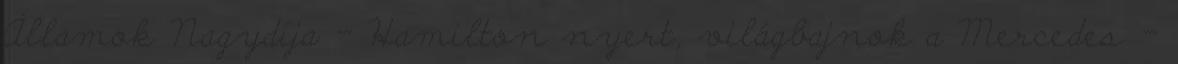
Államok Nagydíja - Hamilton nyert, világbajnok a Mercedes -